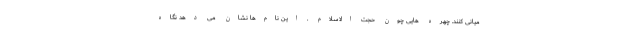
میانی کنند. چهره هایی چون حجت الاسلام . این نام‌ها نشان می دهد نگاه